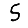
Digit: 5